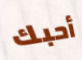
أحبك